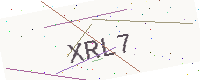
Text: XRL7